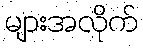
များအလိုက်